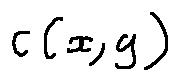
c ( x , y )